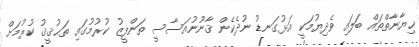
ޚިޔާނާތްތައް ބަލައި ވެދިޔުމަކީ އަޅުގަނޑު ނުދެކެން ޤާނޫނުއަސާސީ ތަންފީޒު ކުރުމުގައި ތަޙުޤީޤު ކުރުމަށް